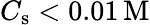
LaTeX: C_{\mathrm{s}}<0.01\, \mathrm{M}